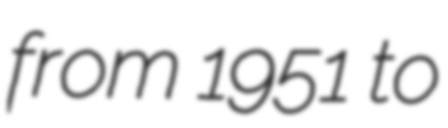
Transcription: from 1951 to